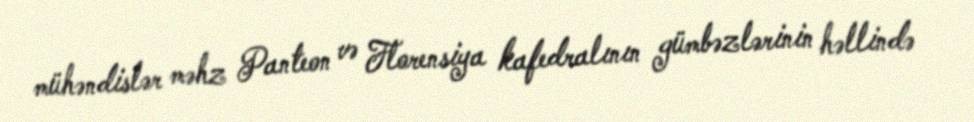
mühəndislər məhz Panteon və Florensiya kafedralının gümbəzlərinin həllində